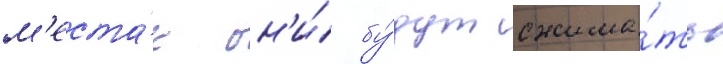
м'еста́х он'и́ бу́дут сжима́ть